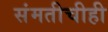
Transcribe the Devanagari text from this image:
संमतीचीही